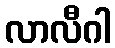
လာလီဂါ